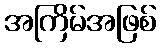
အကြိမ်အဖြစ်